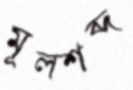
মূলশব্দ